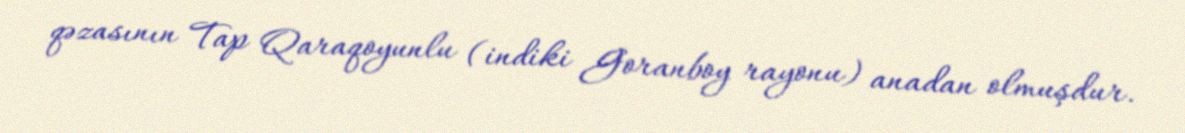
qəzasının Tap Qaraqoyunlu (indiki Goranboy rayonu) anadan olmuşdur.